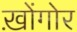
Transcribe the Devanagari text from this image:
ख़ोंगोर